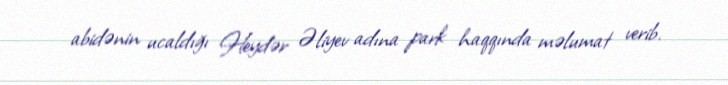
abidənin ucaldığı Heydər Əliyev adına park haqqında məlumat verib.